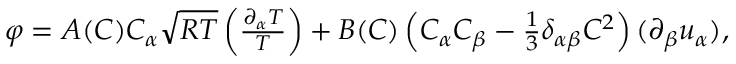
\begin{array} { r } { \varphi = A ( C ) C _ { \alpha } \sqrt { R T } \left( \frac { \partial _ { \alpha } T } { T } \right) + B ( C ) \left( C _ { \alpha } C _ { \beta } - \frac { 1 } { 3 } \delta _ { \alpha \beta } C ^ { 2 } \right) ( \partial _ { \beta } u _ { \alpha } ) , } \end{array}